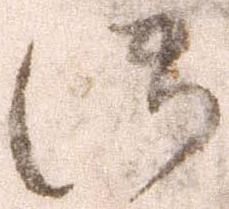
御